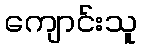
ကျောင်းသူ